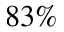
8 3 \%